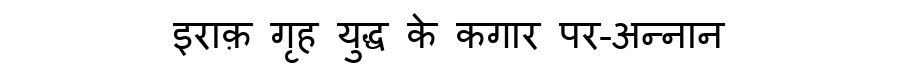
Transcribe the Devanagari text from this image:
इराक़ गृह युद्ध के कगार पर-अन्नान